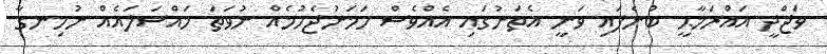
ވަޖްދީ އައްރަމާޙީ ބުނެފައި ވަނީ އެތަނުގައި އެއްވެސް ހަމަނުޖެހުމެއް ނުވަތަ މައްސަލައެއް ނުހިނގާ